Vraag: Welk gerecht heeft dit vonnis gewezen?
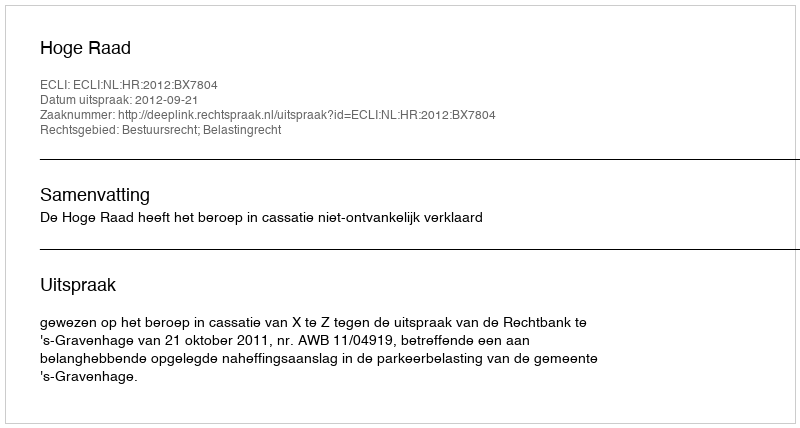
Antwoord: Hoge Raad